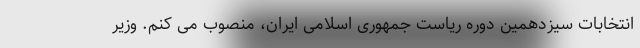
انتخابات سیزدهمین دوره ریاست جمهوری اسلامی ایران، منصوب می کنم. وزیر